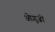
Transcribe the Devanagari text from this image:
ओग़ुज़ों